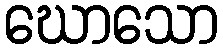
ဃောသော